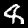
Label: 8